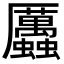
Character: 𧖄